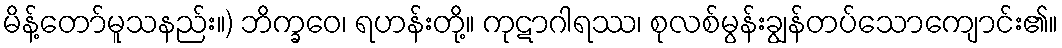
မိန့်တော်မူသနည်း။) ဘိက္ခဝေ၊ ရဟန်းတို့။ ကုဋာဂါရဿ၊ စုလစ်မွန်းချွန်တပ်သောကျောင်း၏။